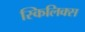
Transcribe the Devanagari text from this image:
स्किलिक्स